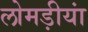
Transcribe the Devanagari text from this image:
लोमड़ीयां